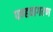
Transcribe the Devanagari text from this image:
पण्हवागरण